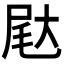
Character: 𰍺